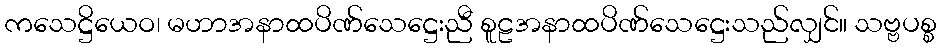
ကသေဋ္ဌိယေဝ၊ မဟာအနာထပိဏ်သေဋ္ဌေးညီ စူဠအနာထပိဏ်သေဋ္ဌေးသည်လျှင်။ သဗ္ဗပစ္စ